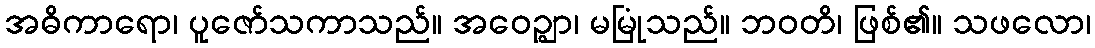
အဓိကာရော၊ ပူဇော်သကာသည်။ အဝေဉ္ဈာ၊ မမြုံသည်။ ဘဝတိ၊ ဖြစ်၏။ သဖလော၊